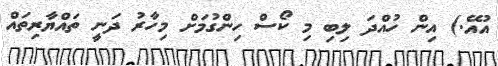
އުއޭ.) އިން ހުއްދަ ލިބި މި ކޯސް ހިންގުމަށް މިހާރު ދަނީ ތައްޔާރިތައް